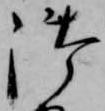
御